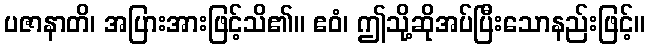
ပဇာနာတိ၊ အပြားအားဖြင့်သိ၏။ ဧဝံ၊ ဤသို့ဆိုအပ်ပြီးသောနည်းဖြင့်။